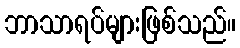
ဘာသာရပ်များဖြစ်သည်။